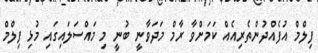
ފިލްމް އުފެއްދުންތެރިއެއް ކަމަށްވާ ރާމް މަދަވާނީ ބުނީ މި މައްސަލައިގައި މުޅި ފިލްމް